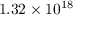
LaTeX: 1 . 3 2 \times 1 0 ^ { 1 8 }